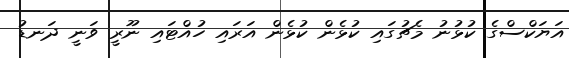
އަޔަކްސްގެ ކުޅުނު މެޗުގައި ކުޅެން ކުޅެން އަރައި ހުއްޓައި ނޫރީ ވަނީ ދަނޑު